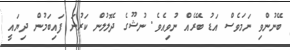
ބޭނުންވި ނަމަވެސް އަޑު ބޭރެއް ނުވިއެވެ. ނުޝޫގެ ދެލޮލުން ކަރުނަ ފައިބަމުން ދިޔައީ